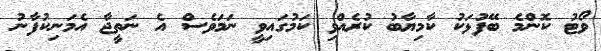
ވޯޓު ކޮންމެ ބޭފުޅަކު ކާމިޔާބު ކުރެއްވި ކަމުގައިވީ ނަމަވެސް އެ ނަތީޖާ އެމަނިކުފާނު